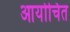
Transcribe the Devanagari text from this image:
आर्योचित